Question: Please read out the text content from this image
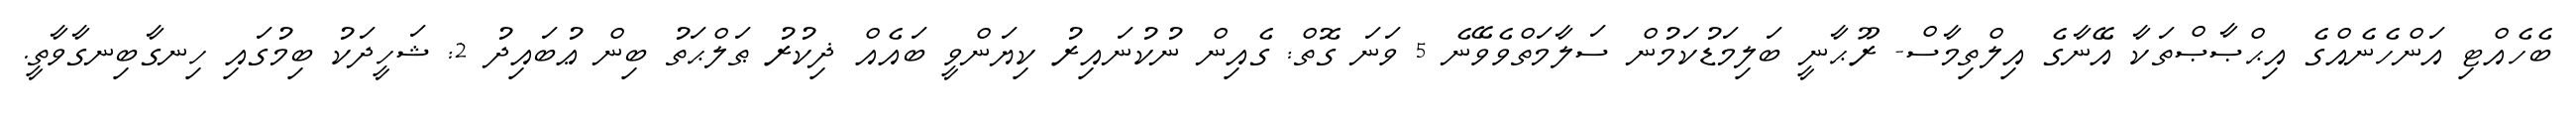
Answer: ބެހެއްޓި އަންހެނެއްގެ އިޙްޞާޞްތަކާ އޭނާގެ އިލްތިމާސް- ރޫޙާނީ ބަލިމަޑުކަމުން ސަލާމަތްވެވޭނެ 5 ވަނަ ގޮތް: ގެއިން ނުކުނައިރު ކިޔަންވީ ބައެއް ޛިކުރު ޠަލްޙަތު ބިން ޢުބައިދު 2: ޝަހީދަކު ބިމުގައި ހިނގާބިނގާވާތީ.